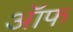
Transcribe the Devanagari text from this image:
ऑफ